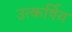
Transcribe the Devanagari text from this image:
उत्कर्षिय